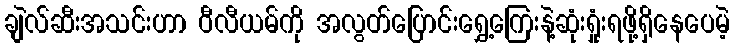
ချဲလ်ဆီးအသင်းဟာ ဝီလီယမ်ကို အလွတ်ပြောင်းရွှေ့ကြေးနဲ့ဆုံးရှုံးရဖို့ရှိနေပေမဲ့